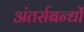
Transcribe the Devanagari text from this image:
अंतर्सबन्धों